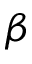
\beta